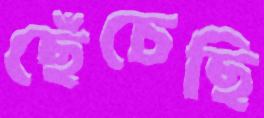
ছেঁচেছি